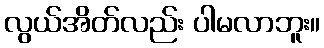
လွယ်အိတ်လည်း ပါမလာဘူး။